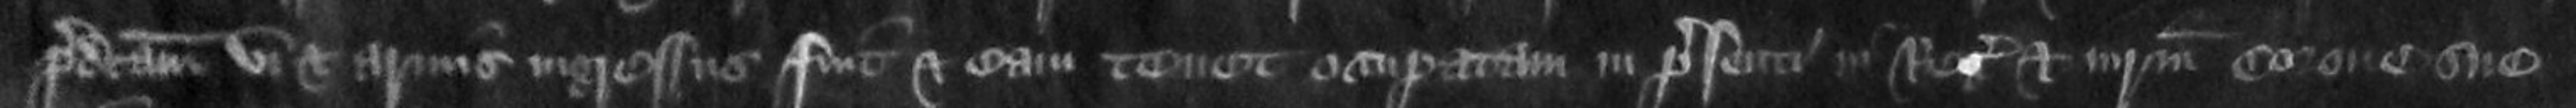
predictam vi et armis ingressus fuit et eam tenet occupatam in presenti in Regis et iurium corone sue